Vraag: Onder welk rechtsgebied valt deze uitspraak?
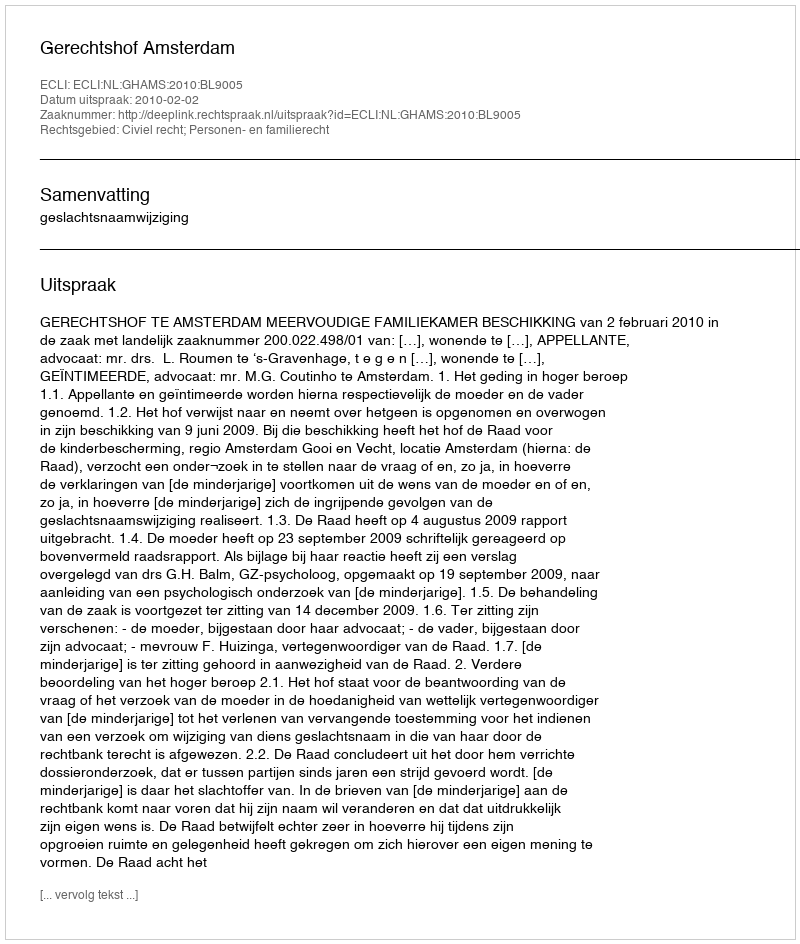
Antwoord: Civiel recht; Personen- en familierecht